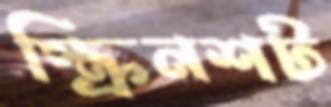
স্ক্রিনশট